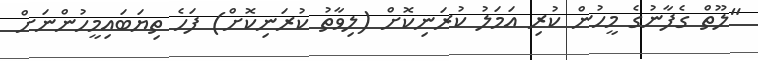
"ލޫތް ގެފާނުގެ މީހުން ކުރި އަމަލު ކުރަނިކޮށް (ލިވާތު ކުރަނިކޮށް) ފަހެ ތިޔަބައިމީހުންނަށް